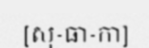
[សុ-ធា-កា]